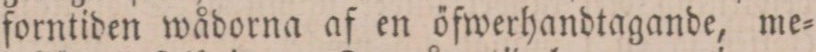
forntiden wådorna af en öfwerhandtagande, me=